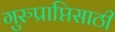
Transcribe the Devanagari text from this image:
गुरुप्राप्तिसाठी